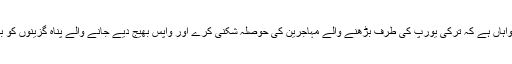
يورپی يونين اس کی خواہاں ہے کہ ترکی يورپ کی طرف بڑھنے والے مہاجرين کی حوصلہ شکنی کرے اور واپس بھيج ديے جانے والے پناہ گزينوں کو بھی اپنے ہاں جگہ دے۔